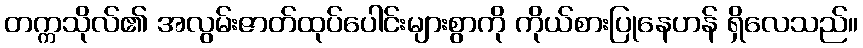
တက္ကသိုလ်၏ အလွမ်းဇာတ်ထုပ်ပေါင်းများစွာကို ကိုယ်စားပြုနေဟန် ရှိလေသည်။